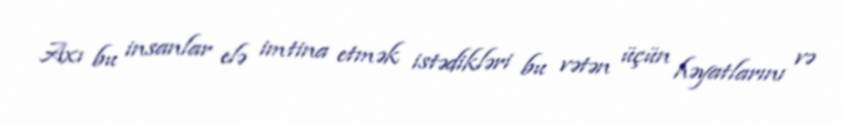
Axı bu insanlar elə imtina etmək istədikləri bu vətən üçün həyatlarını və